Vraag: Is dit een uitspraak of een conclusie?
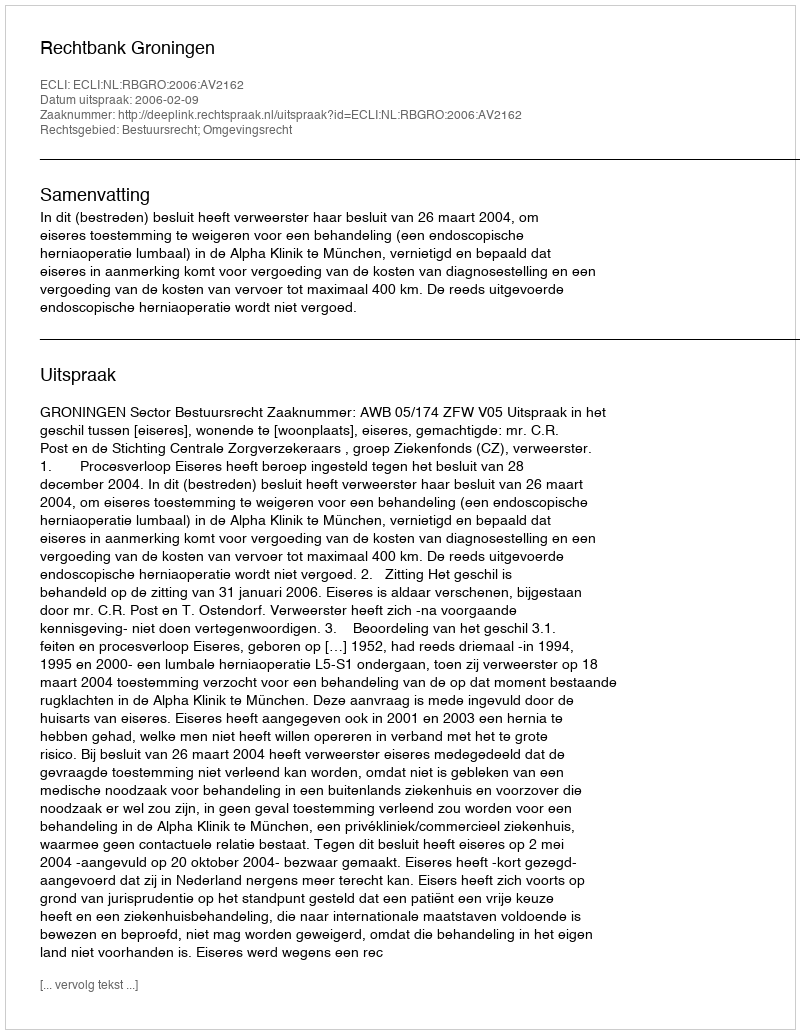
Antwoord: Uitspraak